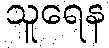
သူရေန